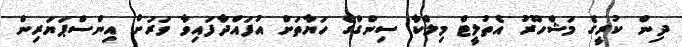
ދިން ކުރީގެ މަޝްހޫރު އެތުލީޓް މިލްކާ ސިންގްގެ ހަޔާތަށް އުފައްދާފައިވާ ވަރަށް އިންސްޕަޔަރިން